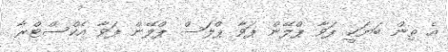
އެ ތިން ބަޔަކީ ޕަވާ ޕްލޭން ޕަވާ ޕްލަސް ޕްލޭން ޕަވާ އެކްސްޓްރާ